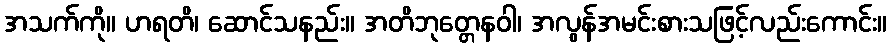
အသက်ကို။ ဟရတိ၊ ဆောင်သနည်း။ အတိဘုတ္တေနဝါ၊ အလွန်အမင်းစားသဖြင့်လည်းကောင်း။